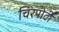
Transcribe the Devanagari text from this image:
चिरपोटी